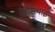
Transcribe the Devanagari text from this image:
कैसियाई